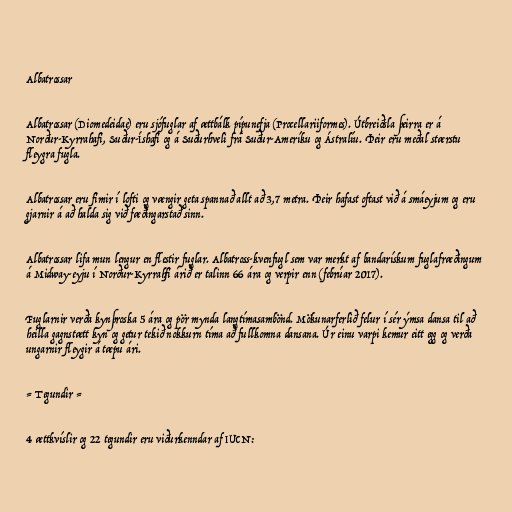
Albatrossar

Albatrossar (Diomedeidae) eru sjófuglar af ættbálk pípunefja (Procellariiformes). Útbreiðsla þeirra er á
Norður-Kyrrahafi, Suður-Íshafi og á Suðurhveli frá Suður-Ameríku og Ástralíu. Þeir eru meðal stærstu
fleygra fugla.

Albatrossar eru fimir í lofti og vængir geta spannað allt að 3,7 metra. Þeir hafast oftast við á smáeyjum og eru
gjarnir á að halda sig við fæðingarstað sinn.

Albatrossar lifa mun lengur en flestir fuglar. Albatross-kvenfugl sem var merkt af bandarískum fuglafræðingum
á Midway-eyju í Norður-Kyrrahfi árið er talinn 66 ára og verpir enn (febrúar 2017).

Fuglarnir verða kynþroska 5 ára og pör mynda langtímasambönd. Mökunarferlið felur í sér ýmsa dansa til að
heilla gagnstætt kyn og getur tekið nokkurn tíma að fullkomna dansana. Úr einu varpi kemur eitt egg og verða
ungarnir fleygir á tæpu ári.

= Tegundir =

4 ættkvíslir og 22 tegundir eru viðurkenndar af IUCN: